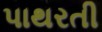
પાથરતી